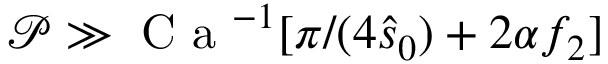
\mathcal { P } \gg \textrm { C a } ^ { - 1 } [ \pi / ( 4 \hat { s } _ { 0 } ) + 2 \alpha f _ { 2 } ]